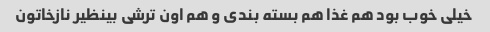
خیلی خوب بود هم غذا هم بسته بندی و هم اون ترشی بینظیر نازخاتون